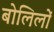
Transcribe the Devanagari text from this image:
बोलिलों